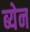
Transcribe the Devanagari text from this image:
ब्येन